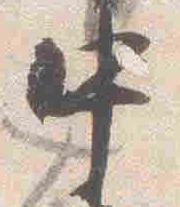
中